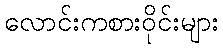
လောင်းကစားဝိုင်းများ